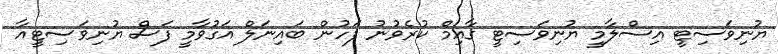
ޔުނިވަސިޓީ އިސްލާމީ ޔުނިވަސިޓީ ގާއިމް ކުރެވުނު ފަހުން ބައިނަލް އަގުވާމީ ފަސް ޔުނިވަސިޓީއާ